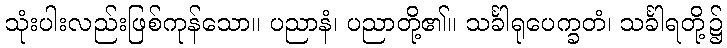
သုံးပါးလည်းဖြစ်ကုန်သော။ ပညာနံ၊ ပညာတို့၏။ သင်္ခါရုပေက္ခတံ၊ သင်္ခါရတို့၌